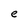
Character: e